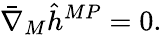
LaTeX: \bar{\nabla}_{M}\hat{h}^{MP}=0.